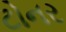
ટોનર